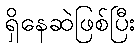
ရှိနေဆဲဖြစ်ပြီး